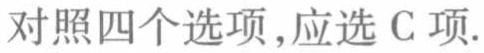
对照四个选项,应选 C 项.